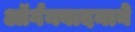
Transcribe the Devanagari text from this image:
ऑर्गनवादनाने